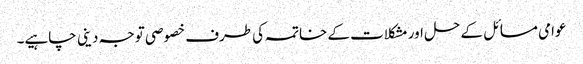
عوامی مسائل کے حل اور مشکلات کے خاتمہ کی طرف خصوصی توجہ دینی چاہیے۔